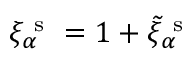
\xi _ { \alpha } ^ { \mathrm { ~ s ~ } } = 1 + \tilde { \xi } _ { \alpha } ^ { \mathrm { ~ s ~ } }